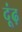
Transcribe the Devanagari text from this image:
दूंढ़